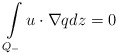
\begin{align*} \int\limits_{Q_-}u\cdot\nabla q dz=0\end{align*}